Annual report of the Punjab Veterinary College and of the Civil Veterinary Department, Punjab - 1909-1919
Year: 1909
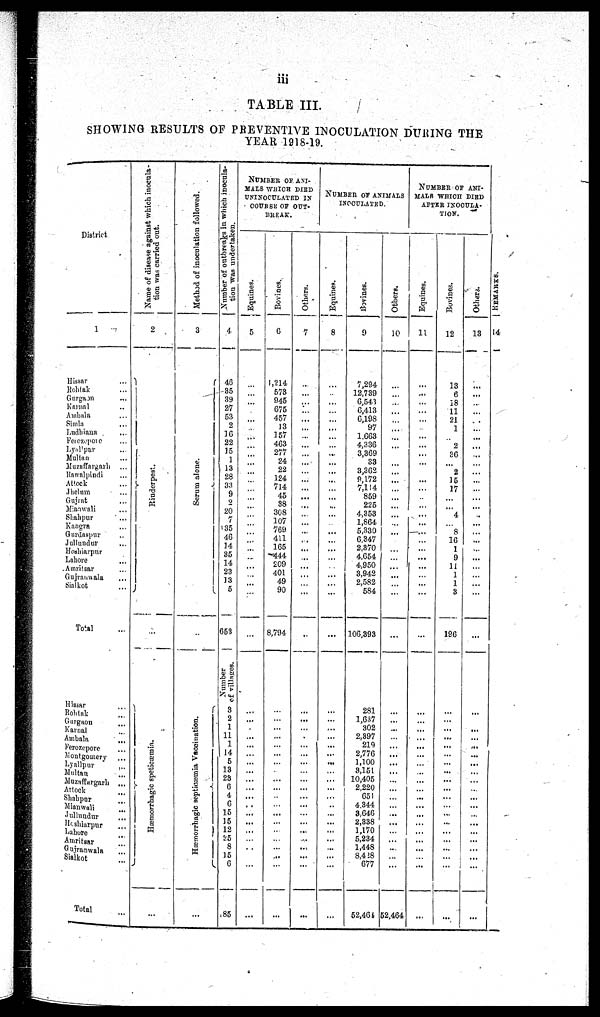
iii
TABLE III.
SHOWING RESULTS OF PREVENTIVE INOCULATION DURING THE
YEAR 1918-19.
District.
1
Hissar ...
Rohtak ...
Gurgaon ...
Karnal ..
Ambala ...
Simla ...
Ludhiana ...
Ferozepore ...
Lyallpur ...
Multaa ...
Muzaffargarh ...
Rawalpindi ...
Attock ...
Jhelum ...
Gujrat ...
Mianwali ...
Shahpur ...
Kangra ...
Gurdaspur ..
Jullundur ...
Hoshiarpur
Lahore ...
Amritsar ...
Gujranwala ...
Sialkot ...
Total ...
Hissar ...
Rohtak ...
Gurgaon ...
Karnal ...
Ambala ...
Ferozepore ...
Montgomery
...
Lyallpur ...
Multan ...
Muzaffargarh ...
Attock ...
Shahpur ...
Mianwali ...
Jullundur ...
Hoshiarpur ...
Lahore ...
Amritsar ...
Gujranwala ...
Sialkot ...
Total ...
Name of disease against which inocula-
tion was carried out.
2
Ri nder pes t
.
...
Hæmorrhagic speticæmia.
...
Method of inoculation followed.
3
Se r
um alone.
..
Hæmorrhagic septicæmia Vaccination.
...
Number of outbreaks in which inocula-
tion was undertaken.
4
46
35
39
27
53
2
16
22
15
1
13
28
33
9
2
20
7
35
46
14
35
14
23
13
5
653
Number
of villages.
3
2
1
11
1
14
5
13
23
6
4
6
15
15
12
25
8
15
6
85
NUMBER OF ANI-
MALS WHICH DIED
UNINOCULATED IN
COURSE OF OUT-
BREAK.
Equines.
5
...
...
...
.
...
...
...
...
...
...
...
...
...
...
...
...
...
...
...
...
...
...
...
...
...
...
... ...
...
...
...
...
...
...
...
...
...
...
...
...
...
...
...
...
...
...
Bovines.
6
1,214
573
945
675
457
13
157
463
277
24
22
124
714
45
38
308
107
769
411
165
444
209
401
49
90
8,794
...
...
... ...
...
...
...
...
...
...
...
...
...
...
...
...
...
...
...
...
Others.
7
...
...
...
...
...
...
...
...
...
...
...
...
...
...
...
...
...
...
...
...
...
...
...
...
...
..
... ...
...
...
...
...
...
...
...
...
...
...
...
...
...
...
...
...
...
...
NUMBER OF ANIMALS
INOCULATED.
Equines.
8
...
..
...
...
...
...
...
...
...
...
...
...
...
...
...
...
...
...
...
...
...
...
...
...
...
... ...
...
...
...
...
...
...
...
...
...
...
...
...
...
...
...
...
...
...
Bovines.
9
7,294
12,739
6,543
6,413
6,198
97
1,663
4,336
3,369
33
3,362
9,172
7,114
859
225
4,353
1,864
5,330
6,347
2,370
4,654
4,950
3,942
2,582
584
106,393
281
1,637
302
2,397
219
2,776
1,100
3,151
10,405
2,220
651
4,344
3,646
2,338
1,170
5,234
1,448
8,428
677
52,464
Others.
10
...
...
...
...
...
...
...
...
...
...
...
...
...
...
...
...
...
...
...
...
...
...
...
...
...
...
... ...
...
... ...
...
...
...
...
...
...
...
...
...
...
...
52,464
NUMBER OF ANI-
MALS WHICH DIED
AFTER INOCULA-
TION.
Equines.
11
...
...
...
...
..
...
...
...
...
...
...
...
..
...
...
...
...
...
...
...
...
...
...
...
...
...
...
...
...
...
...
...
...
...
...
...
...
...
...
...
...
...
...
...
Bovines.
12
13
6
18
11
21
1
..
2
36
...
2
15
17
...
...
4
...
8
16
1
9
11
1
1
3
196
...
...
... ...
...
...
... ...
...
...
...
...
...
...
...
...
...
...
...
Others.
13
...
...
...
...
..
...
...
...
...
...
...
...
...
...
...
..
...
...
...
...
...
...
...
...
...
...
...
...
... ...
...
...
...
...
...
...
...
...
...
...
...
...
...
...
...
REMARKS.
14
...